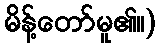
မိန့်တော်မူ၏။)